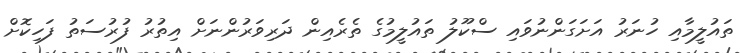
ތައުލީމާއި ހުނަރު އަށަގަންނުވައި ސްކޫލު ތައުލީމުގެ ތެރެއިން ދަރިވަރުންނަށް އިތުރު ފުރުސަތު ފަހިކޮށް